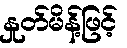
နှုတ်မိန့်ဖြင့်